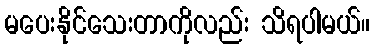
မပေးနိုင်သေးတာကိုလည်း သိရပါမယ်။